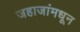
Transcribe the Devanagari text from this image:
जहाजांमधून